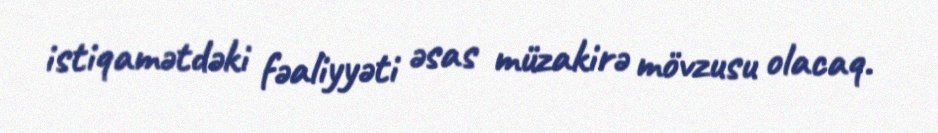
istiqamətdəki fəaliyyəti əsas müzakirə mövzusu olacaq.